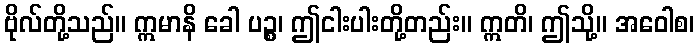
ဗိုလ်တို့သည်။ ဣမာနိ ခေါ ပဉ္စ၊ ဤငါးပါးတို့တည်း။ ဣတိ၊ ဤသို့။ အဝေါစ၊